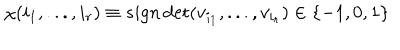
\chi ( i _ { 1 } , . . . , i _ { r } ) \equiv s i g n \det ( v _ { i _ { 1 } } , . . . , v _ { i _ { r } } ) \in \{ - 1 , 0 , 1 \}